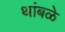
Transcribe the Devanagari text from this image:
थांबळे